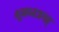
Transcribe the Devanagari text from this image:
भूमध्यजगत्‌